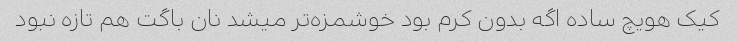
کیک هویچ ساده اگه بدون کرم بود خوشمزه‌تر میشد نان باگت هم تازه نبود